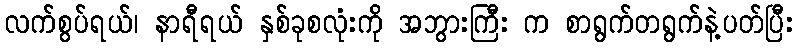
လက်စွပ်ရယ်၊ နာရီရယ် နှစ်ခုစလုံးကို အဘွားကြီး က စာရွက်တရွက်နဲ့ပတ်ပြီး